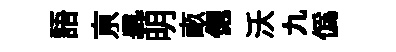
語亰𡬶明畞偲沃九僞